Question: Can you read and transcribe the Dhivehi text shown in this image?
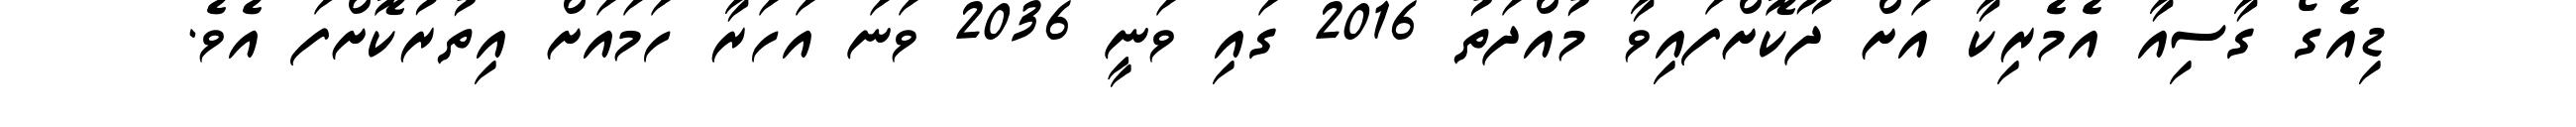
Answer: ޑިއެގޯ ގާސިއާ އެމެރިކާ އަށް ދޫކޮށްފައިވާ މުއްދަތު 2016 ގައި ވަނީ 2036 ވަނަ އަހަރާ ހަމައަށް އިތުރުކޮށްފަ އެވެ.